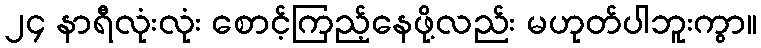
၂၄ နာရီလုံးလုံး စောင့်ကြည့်နေဖို့လည်း မဟုတ်ပါဘူးကွာ။